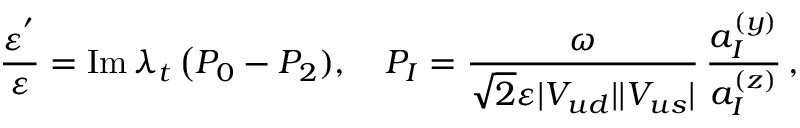
\frac { \varepsilon ^ { ' } } { \varepsilon } = \mathrm { I m } \, \lambda _ { t } \, \big ( P _ { 0 } - P _ { 2 } ) , \quad P _ { I } = \frac { \omega } { \sqrt { 2 } \varepsilon | V _ { u d } | | V _ { u s } | } \, \frac { a _ { I } ^ { ( y ) } } { a _ { I } ^ { ( z ) } } \, ,